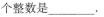
个整数是__.